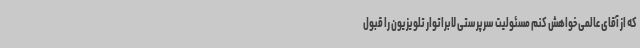
که از آقای عالمی خواهش کنم مسئولیت سرپرستی لابراتوار تلویزیون را قبول